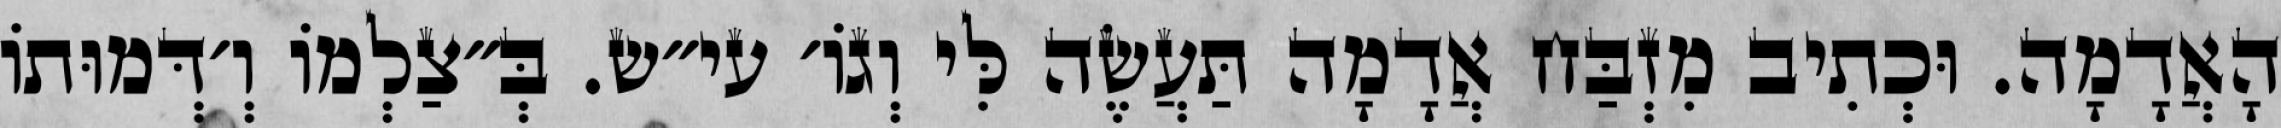
הָאֲדָמָה. וּכְתִיב מִזְבַּח אֲדָמָה תַּעֲשֶׂה לִּי וְגוֹ׳ עי״ש. בְּ״צַלְמוֹ וְ׳דְּמוּתוֹ